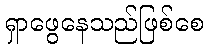
ရှာဖွေနေသည်ဖြစ်စေ